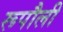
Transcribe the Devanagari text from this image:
रूपौली